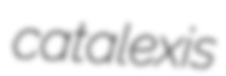
catalexis